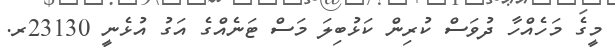
މީގެ މަހެއްހާ ދުވަސް ކުރިން ކަޅުބިލަ މަސް ޓަނެއްގެ އަގު އުޅެނީ 23130ރ.